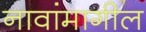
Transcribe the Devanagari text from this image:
नावांमागील